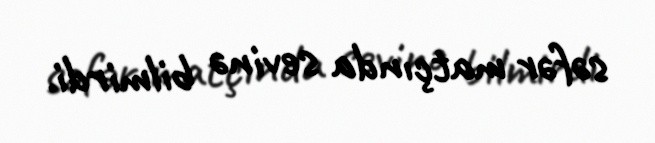
səfər matçında sevinə bilmirdi.